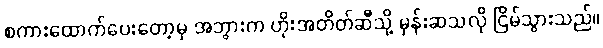
စကားထောက်ပေးတော့မှ အဘွားက ဟိုးအတိတ်ဆီသို့ မှန်းဆသလို ငြိမ်သွားသည်။